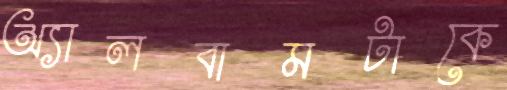
অ্যালবামটাকে